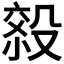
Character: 𰚄